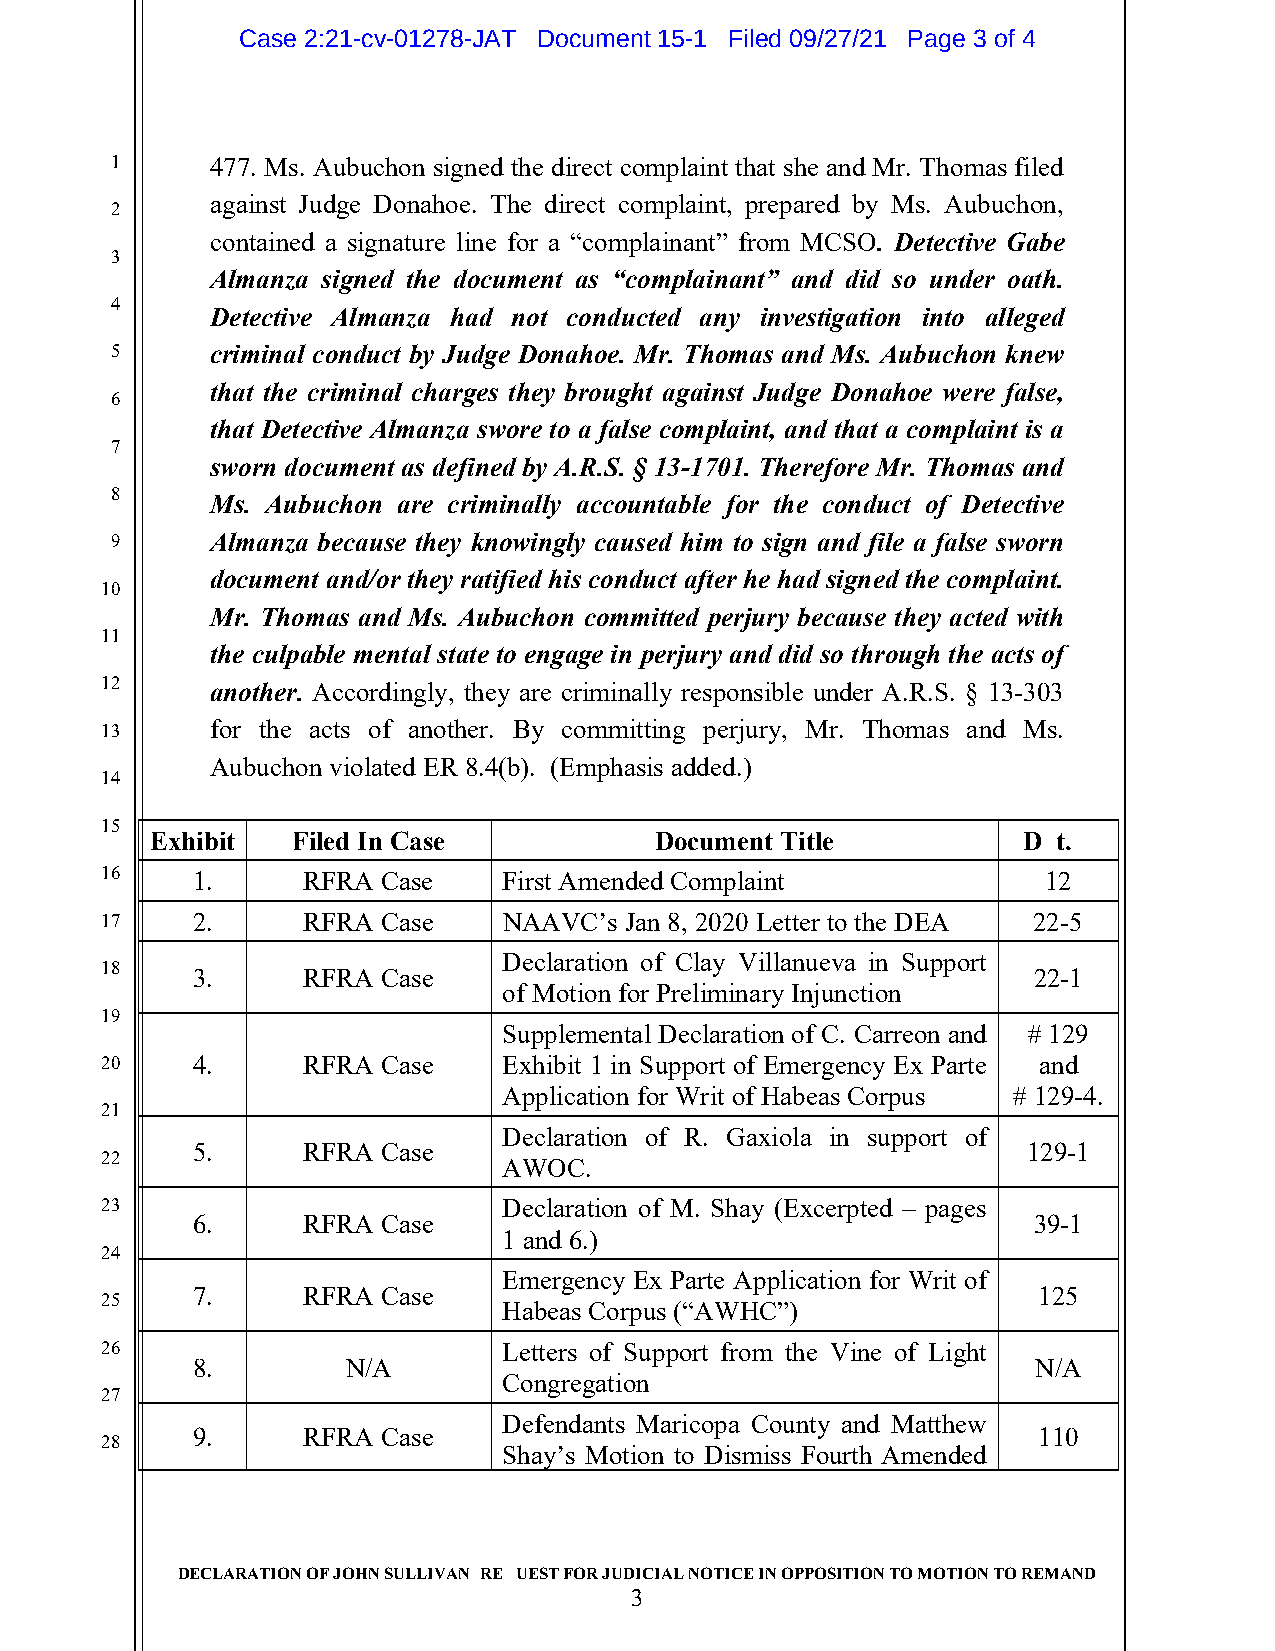
Case 2:21-cv-01278-JAT Document 15-1 Filed 09/27/21 Page 3 of 4
 1      477. Ms. Aubuchon signed the direct complaint that she and Mr. Thomas filed
 against Judge Donahoe. The direct complaint, prepared by Ms. Aubuchon,
 2
 contained a signature line for a “complainant” from MCSO. Detective Gabe
 3
 Almanza signed the document as “complainant” and did so under oath.
 4
 Detective Almanza had not conducted any investigation into alleged
 5      criminal conduct by Judge Donahoe. Mr. Thomas and Ms. Aubuchon knew
 that the criminal charges they brought against Judge Donahoe were false,
 6
 that Detective Almanza swore to a false complaint, and that a complaint is a
 7
 sworn document as defined by A.R.S. § 13-1701. Therefore Mr. Thomas and
 8
 Ms. Aubuchon are criminally accountable for the conduct of Detective
 9      Almanza because they knowingly caused him to sign and file a false sworn
 document and/or they ratified his conduct after he had signed the complaint.
 10
 Mr. Thomas and Ms. Aubuchon committed perjury because they acted with
 11
 the culpable mental state to engage in perjury and did so through the acts of
 12     another. Accordingly, they are criminally responsible under A.R.S. § 13-303
 13     for the acts of another. By committing perjury, Mr. Thomas and Ms.
 Aubuchon violated ER 8.4(b). (Emphasis added.)
 14
 15
 Exhibit  Filed In Case           Document Title           Dkt. #
 16    1.     RFRA Case    First Amended Complaint             12
 17    2.     RFRA Case    NAAVC’s Jan 8, 2020 Letter to the DEA 22-5
 Declaration of Clay Villanueva in Support
 18
 3.     RFRA Case                                       22-1
 of Motion for Preliminary Injunction
 19
 Supplemental Declaration of C. Carreon and # 129
 20    4.     RFRA Case    Exhibit 1 in Support of Emergency Ex Parte and
 Application for Writ of Habeas Corpus # 129-4.
 21
 Declaration of R. Gaxiola in support of
 5.     RFRA Case                                       129-1
 22
 AWOC.
 23                        Declaration of M. Shay (Excerpted – pages
 6.     RFRA Case                                       39-1
 1 and 6.)
 24
 Emergency Ex Parte Application for Writ of
 7.     RFRA Case                                        125
 25
 Habeas Corpus (“AWHC”)
 26                        Letters of Support from the Vine of Light
 8.        N/A                                           N/A
 Congregation
 27
 Defendants Maricopa County and Matthew
 9.     RFRA Case                                        110
 28
 Shay’s Motion to Dismiss Fourth Amended
 DECLARATION OF JOHN SULLIVAN; REQUEST FOR JUDICIAL NOTICE IN OPPOSITION TO MOTION TO REMAND
 3